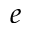
e